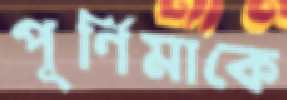
পূর্ণিমাকে